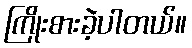
ကြိုးစားခဲ့ပါတယ်။